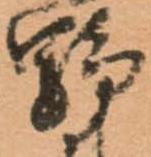
野